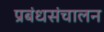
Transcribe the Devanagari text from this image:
प्रबंधसंचालन